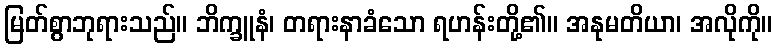
မြတ်စွာဘုရားသည်။ ဘိက္ခူနံ၊ တရားနာခံသော ရဟန်းတို့၏။ အနုမတိယာ၊ အလိုကို။